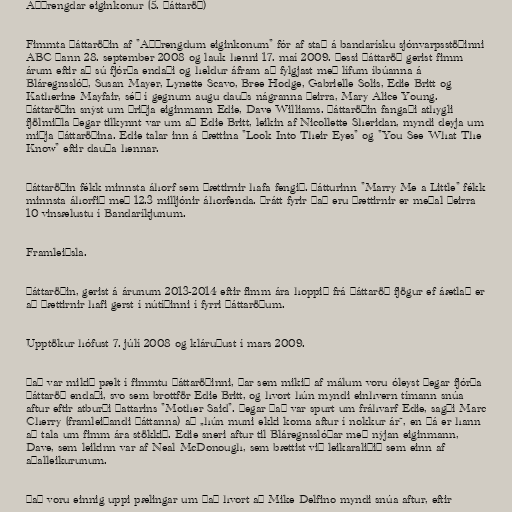
Aðþrengdar eiginkonur (5. þáttaröð)

Fimmta þáttaröðin af "Aðþrengdum eiginkonum" fór af stað á bandarísku sjónvarpsstöðinni
ABC þann 28. september 2008 og lauk henni 17. maí 2009. Þessi þáttaröð gerist fimm
árum eftir að sú fjórða endaði og heldur áfram að fylgjast með lífum íbúanna á
Bláregnsslóð, Susan Mayer, Lynette Scavo, Bree Hodge, Gabrielle Solis, Edie Britt og
Katherine Mayfair, séð í gegnum augu dauðs nágranna þeirra, Mary Alice Young.
Þáttaröðin snýst um þriðja eiginmann Edie, Dave Williams. Þáttaröðin fangaði athygli
fjölmiðla þegar tilkynnt var um að Edie Britt, leikin af Nicollette Sheridan, myndi deyja um
miðja þáttaröðina. Edie talar inn á þættina "Look Into Their Eyes" og "You See What The
Know" eftir dauða hennar.

Þáttaröðin fékk minnsta áhorf sem þættirnir hafa fengið. Þátturinn "Marry Me a Little" fékk
minnsta áhorfið með 12.3 milljónir áhorfenda. Þrátt fyrir það eru þættirnir er meðal þeirra
10 vinsælustu í Bandaríkjunum.

Framleiðsla.

Þáttaröðin, gerist á árunum 2013-2014 eftir fimm ára hoppið frá þáttaröð fjögur ef áætlað er
að þættirnir hafi gerst í nútíðinni í fyrri þáttaröðum.

Upptökur hófust 7. júlí 2008 og kláruðust í mars 2009.

Það var mikið pælt í fimmtu þáttaröðinni, þar sem mikið af málum voru óleyst þegar fjórða
þáttaröð endaði, svo sem brottför Edie Britt, og hvort hún myndi einhvern tímann snúa
aftur eftir atburði þattarins "Mother Said". Þegar það var spurt um fráhvarf Edie, sagði Marc
Cherry (framleiðandi þáttanna) að „hún muni ekki koma aftur í nokkur ár“, en þá er hann
að tala um fimm ára stökkið. Edie sneri aftur til Bláregnsslóðar með nýjan eiginmann,
Dave, sem leikinn var af Neal McDonough, sem bættist við leikaraliðið sem einn af
aðalleikurunum.

Það voru einnig uppi pælingar um það hvort að Mike Delfino myndi snúa aftur, eftir